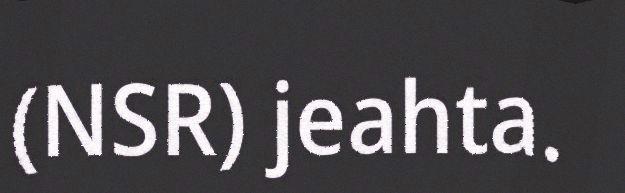
(NSR) jeahta.